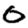
Digit: 0